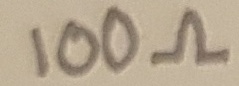
Text: 100Ω